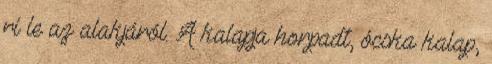
rí le az alakjáról. A kalapja horpadt, ócska kalap,